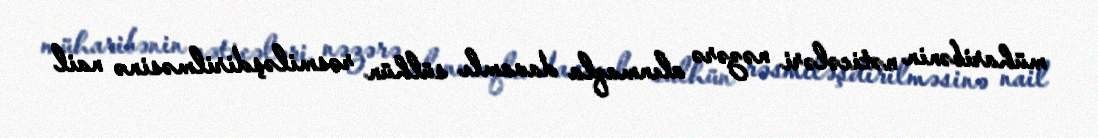
müharibənin nəticələri nəzərə alınmaqla davamlı sülhün rəsmiləşdirilməsinə nail